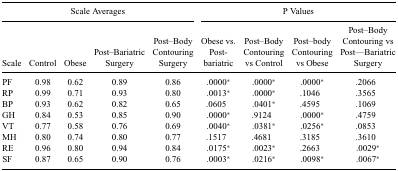
<table><thead><tr><td colspan="5"><b>Scale Averages</b></td><td colspan="4"><b>P Values</b></td></tr><tr><td><b>Scale</b></td><td><b>Control</b></td><td><b>Obese</b></td><td><b>Post–Bariatric Surgery</b></td><td><b>Post–Body Contouring Surgery</b></td><td><b>Obese vs. Post-bariatric</b></td><td><b>Post–Body Contouring vs Control</b></td><td><b>Post–body Contouring vs Obese</b></td><td><b>Post–Body Contouring vs Post—Bariatric Surgery</b></td></tr></thead><tbody><tr><td>PF</td><td>0.98</td><td>0.62</td><td>0.89</td><td>0.86</td><td>.0000*</td><td>.0000*</td><td>.0000*</td><td>.2066</td></tr><tr><td>RP</td><td>0.99</td><td>0.71</td><td>0.93</td><td>0.80</td><td>.0013*</td><td>.0000*</td><td>.1046</td><td>.3565</td></tr><tr><td>BP</td><td>0.93</td><td>0.62</td><td>0.82</td><td>0.65</td><td>.0605</td><td>.0401*</td><td>.4595</td><td>.1069</td></tr><tr><td>GH</td><td>0.84</td><td>0.53</td><td>0.85</td><td>0.90</td><td>.0000*</td><td>.9124</td><td>.0000*</td><td>.4759</td></tr><tr><td>VT</td><td>0.77</td><td>0.58</td><td>0.76</td><td>0.69</td><td>.0040*</td><td>.0381*</td><td>.0256*</td><td>.0853</td></tr><tr><td>MH</td><td>0.80</td><td>0.74</td><td>0.80</td><td>0.77</td><td>.1517</td><td>.4681</td><td>.3185</td><td>.3610</td></tr><tr><td>RE</td><td>0.96</td><td>0.80</td><td>0.94</td><td>0.84</td><td>.0175*</td><td>.0023*</td><td>.2663</td><td>.0029*</td></tr><tr><td>SF</td><td>0.87</td><td>0.65</td><td>0.90</td><td>0.76</td><td>.0003*</td><td>.0216*</td><td>.0098*</td><td>.0067*</td></tr></tbody></table>